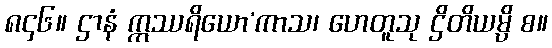
၈၄၆။ ဌာနံ ဣဿရိယော’ကာသ၊ ဟေတူသု ဌိတိယမ္ပိ စ။